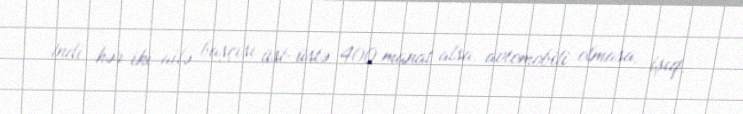
İndi hər iki ailə başçısı üst-üstə 400 manat alsa, avtomobili olmasa, işıq,